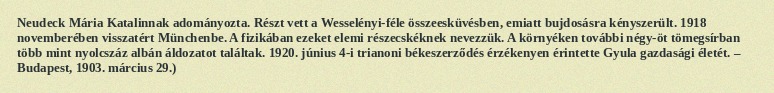
Neudeck Mária Katalinnak adományozta. Részt vett a Wesselényi-féle összeesküvésben, emiatt bujdosásra kényszerült. 1918 novemberében visszatért Münchenbe. A fizikában ezeket elemi részecskéknek nevezzük. A környéken további négy-öt tömegsírban több mint nyolcszáz albán áldozatot találtak. 1920. június 4-i trianoni békeszerződés érzékenyen érintette Gyula gazdasági életét. – Budapest, 1903. március 29.)